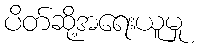
ပိတ်ဆို့အရေးယူမှု